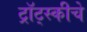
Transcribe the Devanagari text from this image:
ट्रॉट्स्कीचे